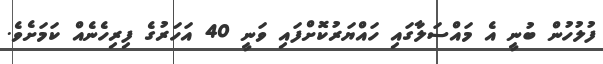
ފުލުހުން ބުނީ އެ މައްސަލާގައި ހައްޔަރުކޮށްފައި ވަނީ 40 އަހަރުގެ ފިރިހެނެއް ކަމަށެވެ.